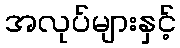
အလုပ်များနှင့်